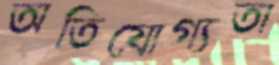
অতিযোগ্যতা